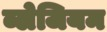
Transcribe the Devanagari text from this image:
ब्लेजियम